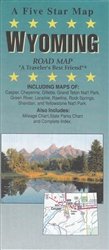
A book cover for Wyoming : road map; Five Star Maps; Travel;